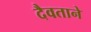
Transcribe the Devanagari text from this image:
दैवताने